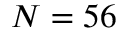
N = 5 6